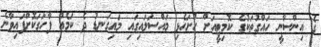
ގެ އިންސާނީ ހައްގުތަކުގެ ކޮމިޓީއަށް ހުށަހެޅި މައްސަލައިގައި މައިގަނޑު ދެ ކަމެއް ފާހަގަކޮށްފައިވާނެ